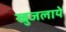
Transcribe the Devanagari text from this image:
खुजलाये